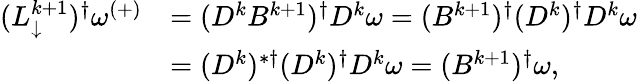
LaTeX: \begin{array}{rl}{(L_{\downarrow}^{k+1})^{\dagger}\omega^{(+)}}&{=(D^{k}B^{k+1})^{\dagger}D^{k}\omega=(B^{k+1})^{\dagger}(D^{k})^{\dagger}D^{k}\omega}\\ &{=(D^{k})^{*\dagger}(D^{k})^{\dagger}D^{k}\omega=(B^{k+1})^{\dagger}\omega,}\end{array}